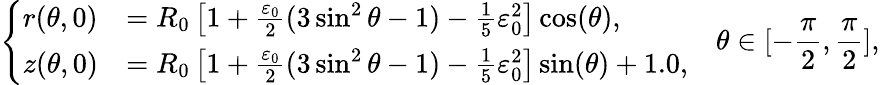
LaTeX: \left\{ \begin{array}{ll}{r(\theta,0)}&{=R_{0}\left[1+\frac{\varepsilon_{0}}{2}(3\sin^{2}\theta-1)-\frac{1}{5}\varepsilon_{0}^{2}\right]\cos(\theta),}\\ {z(\theta,0)}&{=R_{0}\left[1+\frac{\varepsilon_{0}}{2}(3\sin^{2}\theta-1)-\frac{1}{5}\varepsilon_{0}^{2}\right]\sin(\theta)+1.0,}\end{array}\right.\quad\theta\in[-\frac{\pi}{2},\frac{\pi}{2}],